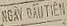
NGAV OAUTIEN